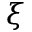
\xi